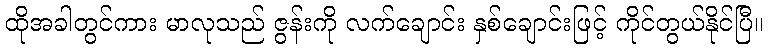
ထိုအခါတွင်ကား မာလုသည် ဇွန်းကို လက်ချောင်း နှစ်ချောင်းဖြင့် ကိုင်တွယ်နိုင်ပြီ။